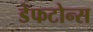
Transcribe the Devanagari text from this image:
डेफटोन्स